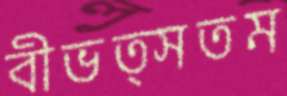
বীভত্সতম